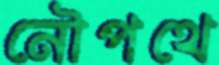
নৌপথে